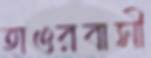
হাওরবাসী